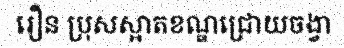
រឿន ប្រុសស្អាតខណ្ឌជ្រោយចង្វា